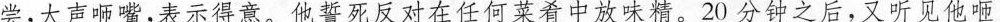
尝,大声咂嘴,表示得意。他誓死反对在任何菜肴中放味精。20分钟之后，又听见他咂